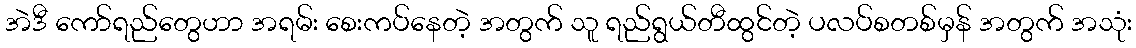
အဲဒီ ကော်ရည်တွေဟာ အရမ်း စေးကပ်နေတဲ့ အတွက် သူ ရည်ရွယ်တီထွင်တဲ့ ပလပ်စတစ်မှန် အတွက် အသုံး